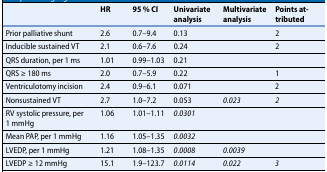
|  | HR | 95 % CI | Univariate analysis | Multivariate analysis | Points attributed |
 | --- | --- | --- | --- | --- | --- |
 | Prior palliative shunt | 2.6 | 0.7–9.4 | 0.13 |  | 2 |
 | Inducible sustained VT | 2.1 | 0.6–7.6 | 0.24 |  | 2 |
 | QRS duration, per 1 ms | 1.01 | 0.99–1.03 | 0.21 |  |  |
 | QRS ≥ 180 ms | 2.0 | 0.7–5.9 | 0.22 |  | 1 |
 | Ventriculotomy incision | 2.4 | 0.9–6.1 | 0.071 |  | 2 |
 | Nonsustained VT | 2.7 | 1.0–7.2 | 0.053 | 0.023 | 2 |
 | RV systolic pressure, per 1 mmHg | 1.06 | 1.01–1.11 | 0.0301 |  |  |
 | Mean PAP, per 1 mmHg | 1.16 | 1.05–1.35 | 0.0032 |  |  |
 | LVEDP, per 1 mmHg | 1.21 | 1.08–1.35 | 0.0008 | 0.0039 |  |
 | LVEDP ≥ 12 mmHg | 15.1 | 1.9–123.7 | 0.0114 | 0.022 | 3 |